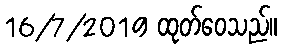
16/7/2019 ထုတ်ဝေသည်။